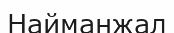
Найманжал